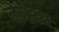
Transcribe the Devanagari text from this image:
नेपथ्यः